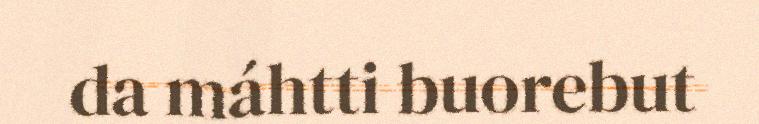
da máhtti buorebut